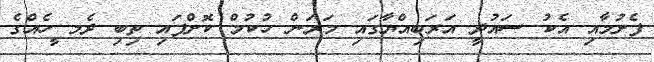
ފެށުމާއި އެކު ސައުދީ އަރަބިއްޔާގައި މަރަން ހުކުމް ކޮށްފައި ތިބި ދެމ ީހެއްގެ